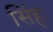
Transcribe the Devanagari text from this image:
सिंहः